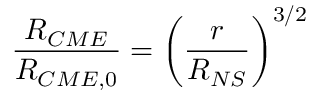
\frac { R _ { C M E } } { R _ { C M E , 0 } } = \left( \frac { r } { R _ { N S } } \right) ^ { 3 / 2 }